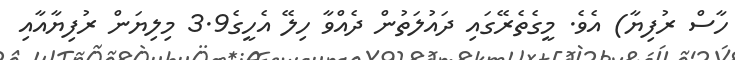
ހާސް ރުފިޔާ) އެވެ. މީގެތެރޭގައި ދައުލަތުން ދެއްވާ ހިލޭ އެހީގެ3.9 މިލިޔަން ރުފިޔާއާއި